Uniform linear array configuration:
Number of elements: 24
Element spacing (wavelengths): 0.75
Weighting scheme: uniform
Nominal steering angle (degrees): -30
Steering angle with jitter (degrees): -30.598
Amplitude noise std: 0.05
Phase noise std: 0.05

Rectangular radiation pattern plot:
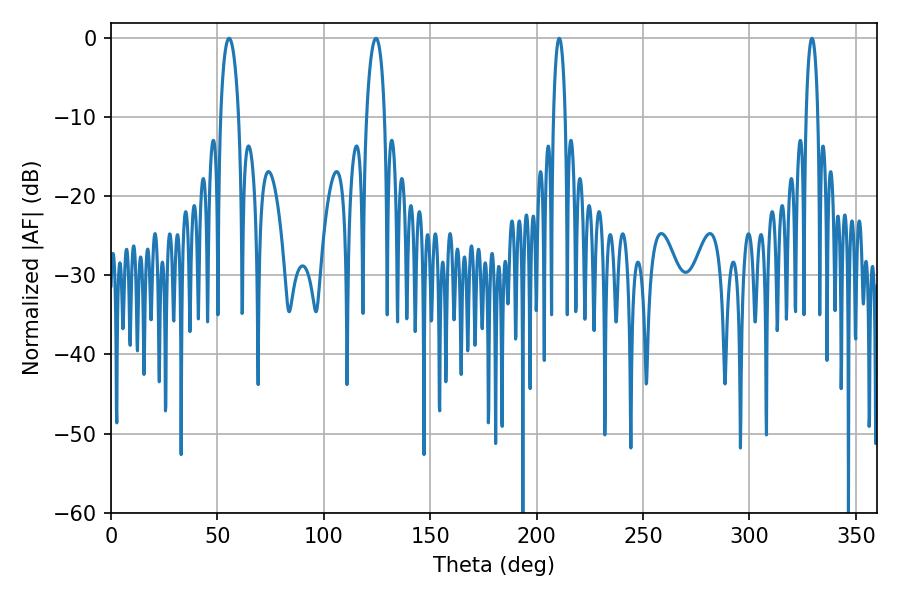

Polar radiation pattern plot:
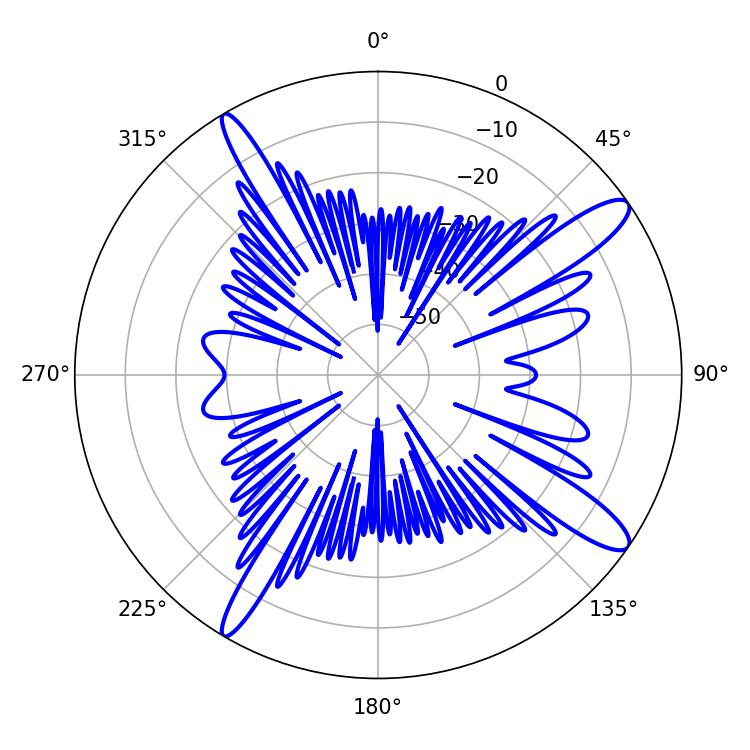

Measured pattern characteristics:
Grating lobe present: TRUE
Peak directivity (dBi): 13.243
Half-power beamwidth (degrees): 3.06
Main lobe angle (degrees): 210.6